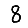
Digit: 8